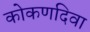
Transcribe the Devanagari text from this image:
कोकणदिवा